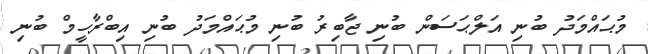
މުޙައްމަދު ބުނި އަލްޙަސަން ބުނި ޖާބިރު ބުނި މުޙައްމަދު ބުނި އިބްރާހީމް ބުނި